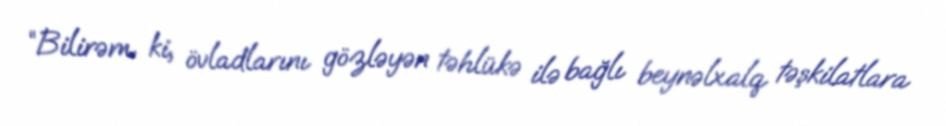
“Bilirəm ki, övladlarını gözləyən təhlükə ilə bağlı beynəlxalq təşkilatlara